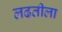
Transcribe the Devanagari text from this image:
लढतीला